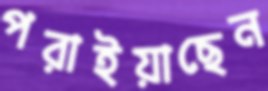
পরাইয়াছেন